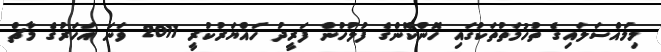
މިމައްސަލައިގެ ތުހުމަތުތަކުގައި ހޮންކޮންގެ ފުލުހުން ފަރީދު ހައްޔަރުކުރީ 2011 ވަނަ އަހަރުގެ މާޗް